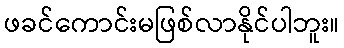
ဖခင်ကောင်းမဖြစ်လာနိုင်ပါဘူး။